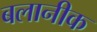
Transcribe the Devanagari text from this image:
बलानीक